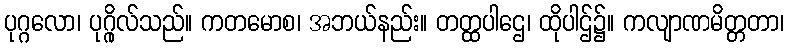
ပုဂ္ဂလော၊ ပုဂ္ဂိုလ်သည်။ ကတမောစ၊ အဘယ်နည်း။ တတ္ထပါဌေ၊ ထိုပါဌ်၌။ ကလျာဏမိတ္တတာ၊